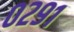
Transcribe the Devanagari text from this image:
०२९१